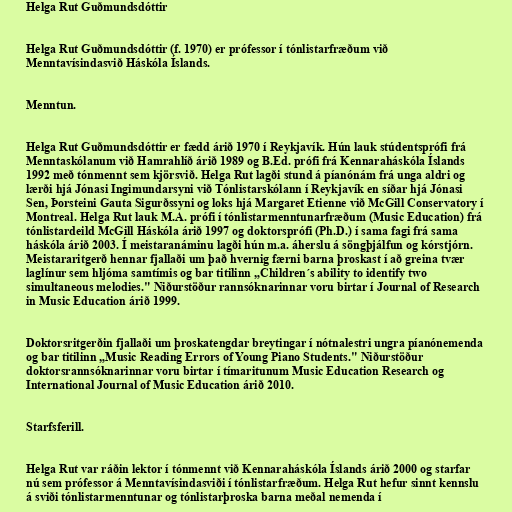
Helga Rut Guðmundsdóttir

Helga Rut Guðmundsdóttir (f. 1970) er prófessor í tónlistarfræðum við
Menntavísindasvið Háskóla Íslands.

Menntun.

Helga Rut Guðmundsdóttir er fædd árið 1970 í Reykjavík. Hún lauk stúdentsprófi frá
Menntaskólanum við Hamrahlíð árið 1989 og B.Ed. prófi frá Kennaraháskóla Íslands
1992 með tónmennt sem kjörsvið. Helga Rut lagði stund á píanónám frá unga aldri og
lærði hjá Jónasi Ingimundarsyni við Tónlistarskólann í Reykjavík en síðar hjá Jónasi
Sen, Þorsteini Gauta Sigurðssyni og loks hjá Margaret Etienne við McGill Conservatory í
Montreal. Helga Rut lauk M.A. prófi í tónlistarmenntunarfræðum (Music Education) frá
tónlistardeild McGill Háskóla árið 1997 og doktorsprófi (Ph.D.) í sama fagi frá sama
háskóla árið 2003. Í meistaranáminu lagði hún m.a. áherslu á söngþjálfun og kórstjórn.
Meistararitgerð hennar fjallaði um það hvernig færni barna þroskast í að greina tvær
laglínur sem hljóma samtímis og bar titilinn „Children´s ability to identify two
simultaneous melodies." Niðurstöður rannsóknarinnar voru birtar í Journal of Research
in Music Education árið 1999.

Doktorsritgerðin fjallaði um þroskatengdar breytingar í nótnalestri ungra píanónemenda
og bar titilinn „Music Reading Errors of Young Piano Students." Niðurstöður
doktorsrannsóknarinnar voru birtar í tímaritunum Music Education Research og
International Journal of Music Education árið 2010.

Starfsferill.

Helga Rut var ráðin lektor í tónmennt við Kennaraháskóla Íslands árið 2000 og starfar
nú sem prófessor á Menntavísindasviði í tónlistarfræðum. Helga Rut hefur sinnt kennslu
á sviði tónlistarmenntunar og tónlistarþroska barna meðal nemenda í